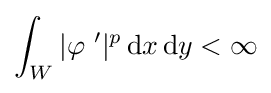
\int _{W}|\varphi \ '|^{p}\,\mathrm {d} x\,\mathrm {d} y<\infty